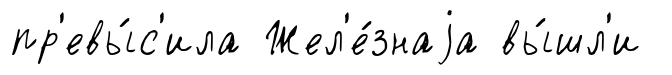
пр'евы́с'ила Жел'е́знаjа вы́шл'и